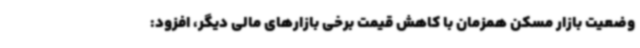
وضعیت بازار مسکن همزمان با کاهش قیمت برخی بازارهای مالی دیگر، افزود: